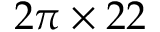
2 \pi \times 2 2